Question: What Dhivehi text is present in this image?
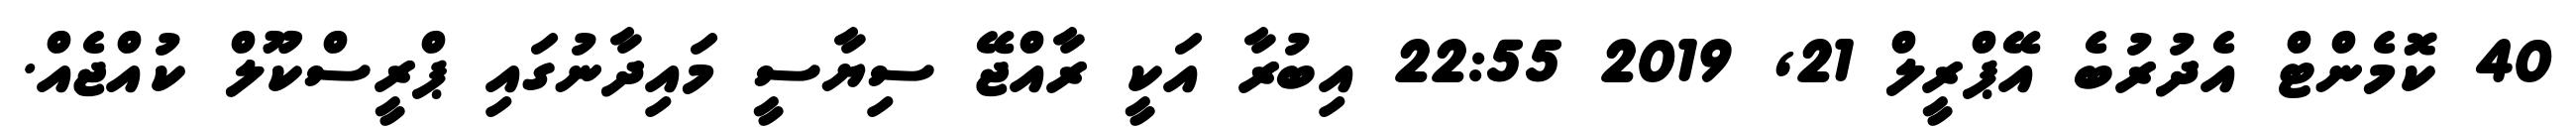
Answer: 40 ކޮމެންޓް އެދުރުބެ އޭޕްރީލް 21, 2019 22:55 އިބުރާ އަކީ ރާއްޖޭ ސިޔާސީ މައިދާނުގައި ޕްރީސްކޫލް ކުއްޖެއް.